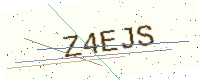
Text: Z4EJS